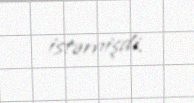
istəmişdi.